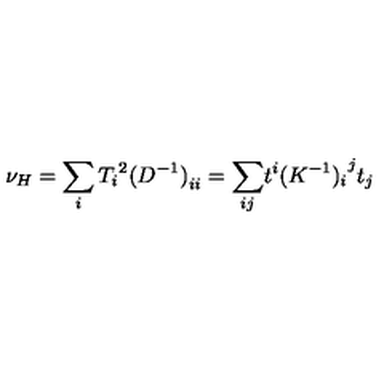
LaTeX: \nu _ { H } = \sum _ { i } { T _ { i } } ^ { 2 } { ( D ^ { - 1 } ) } _ { i i } = { \sum _ { i j } } t ^ { i } { ( K ^ { - 1 } ) _ { i } } ^ { j } t _ { j }